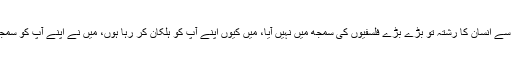
وقت سے انسان کا رشتہ تو بڑے بڑے فلسفیوں کی سمجھ میں نہیں آیا، میں کیوں اپنے آپ کو ہلکان کر رہا ہوں، میں نے اپنے آپ کو سمجھالیا۔